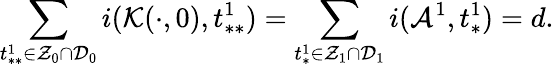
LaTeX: \sum_{t_{**}^{1}\in\mathcal{Z}_{0}\cap\mathcal{D}_{0}}i(\mathcal{K}(\cdot,0),t_{**}^{1})=\sum_{t_{*}^{1}\in\mathcal{Z}_{1}\cap\mathcal{D}_{1}}i(\mathcal{A}^{1},t_{*}^{1})=d.